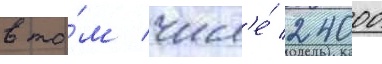
в то́м числ'е́ 24000